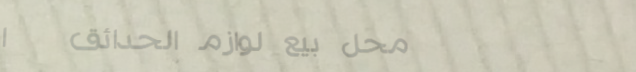
محل بيع لوازم الحدائق   ا